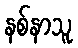
နစ်နာသူ